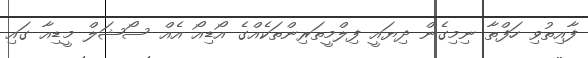
ފާއިތުވި ހަފްތާ ނިމިގެން ދިޔައީ ފިލްމީތަރިންތަކެއްގެ އޯޑިއޯ އެއް ސޯޝަލް މީޑިއާ ގައި